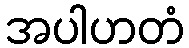
အပါဟတံ